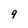
Character: 9